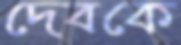
দেবকে